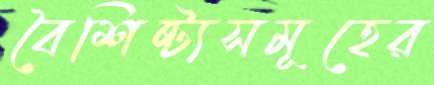
বৈশিষ্ট্যসমূহের